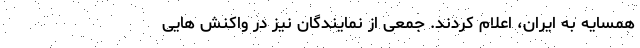
همسایه به ایران، اعلام کردند. جمعی از نمایندگان نیز در واکنش هایی